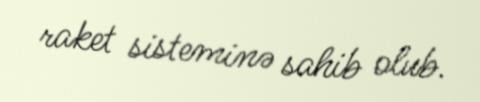
raket sisteminə sahib olub.